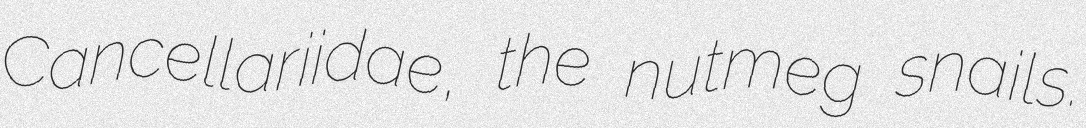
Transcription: Cancellariidae, the nutmeg snails.